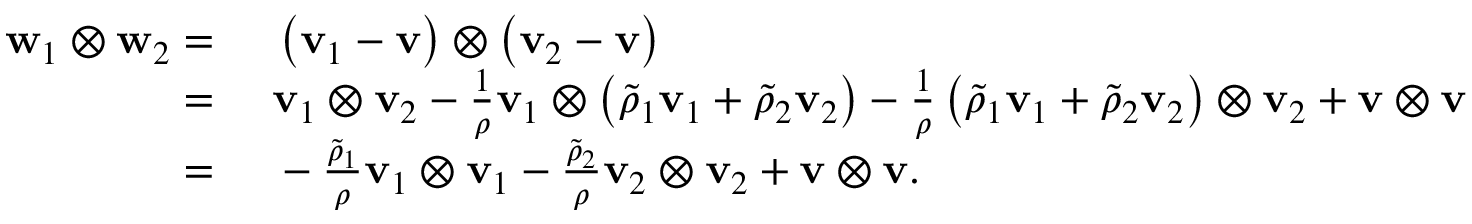
\begin{array} { r l } { \mathbf { w } _ { 1 } \otimes \mathbf { w } _ { 2 } = } & { { } ~ \left( \mathbf { v } _ { 1 } - \mathbf { v } \right) \otimes \left( \mathbf { v } _ { 2 } - \mathbf { v } \right) } \\ { = } & { { } ~ \mathbf { v } _ { 1 } \otimes \mathbf { v } _ { 2 } - \frac { 1 } { \rho } \mathbf { v } _ { 1 } \otimes \left( \tilde { \rho } _ { 1 } \mathbf { v } _ { 1 } + \tilde { \rho } _ { 2 } \mathbf { v } _ { 2 } \right) - \frac { 1 } { \rho } \left( \tilde { \rho } _ { 1 } \mathbf { v } _ { 1 } + \tilde { \rho } _ { 2 } \mathbf { v } _ { 2 } \right) \otimes \mathbf { v } _ { 2 } + \mathbf { v } \otimes \mathbf { v } } \\ { = } & { { } ~ - \frac { \tilde { \rho } _ { 1 } } { \rho } \mathbf { v } _ { 1 } \otimes \mathbf { v } _ { 1 } - \frac { \tilde { \rho } _ { 2 } } { \rho } \mathbf { v } _ { 2 } \otimes \mathbf { v } _ { 2 } + \mathbf { v } \otimes \mathbf { v } . } \end{array}